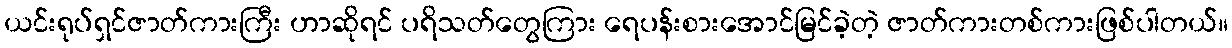
ယင်းရုပ်ရှင်ဇာတ်ကားကြီး ဟာဆိုရင် ပရိသတ်တွေကြား ရေပန်းစားအောင်မြင်ခဲ့တဲ့ ဇာတ်ကားတစ်ကားဖြစ်ပါတယ်။